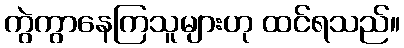
ကွဲကွာနေကြသူများဟု ထင်ရသည်။